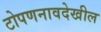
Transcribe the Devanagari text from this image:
टोपणनावदेखील